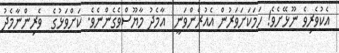
އެކުވެރިވެ ނޫޅޭށެވެ! ހަމަކަށަވަރުން އެއުރެންވަނީ  އާމެދު މާޔޫސްވެގެންނެވެ. ކަށްވަޅުގެ  ވެރިންނާމެދު